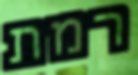
רמת